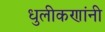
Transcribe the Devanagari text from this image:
धुलीकणांनी